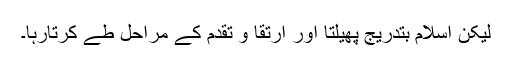
لیکن اسلام بتدریج پھیلتا اور ارتقا و تقدم کے مراحل طے کرتارہا۔